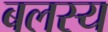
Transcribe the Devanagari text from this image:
बलस्य